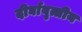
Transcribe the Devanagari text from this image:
दीर्घावृत्तीय